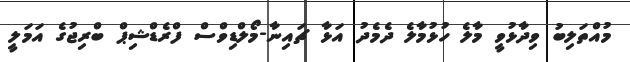
މުއްތަލިބު ވިދާޅުވީ މާލެ ހުޅުމާލެ ދެމެދު އަޅާ ޗައިނާ-މޯލްޑިވްސް ފްރެޑްޝިޕް ބްރިޖުގެ އަމަލީ